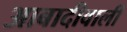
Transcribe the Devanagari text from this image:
आबादीवाली